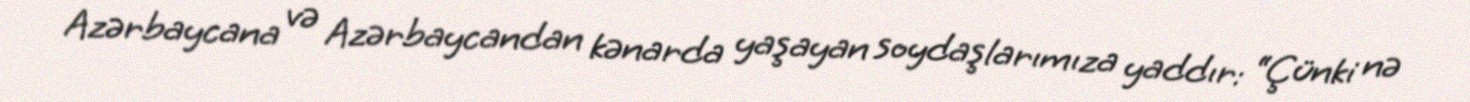
Azərbaycana və Azərbaycandan kənarda yaşayan soydaşlarımıza yaddır: “Çünki nə